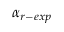
\alpha _ { r - e x p }